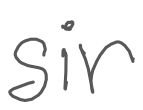
Text: Sir
Cross-out: clean
Writing tool: digital_gray